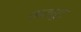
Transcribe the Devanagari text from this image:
ऊठसूट